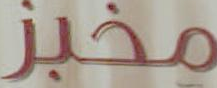
مخبز